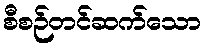
စီစဉ်တင်ဆက်သော